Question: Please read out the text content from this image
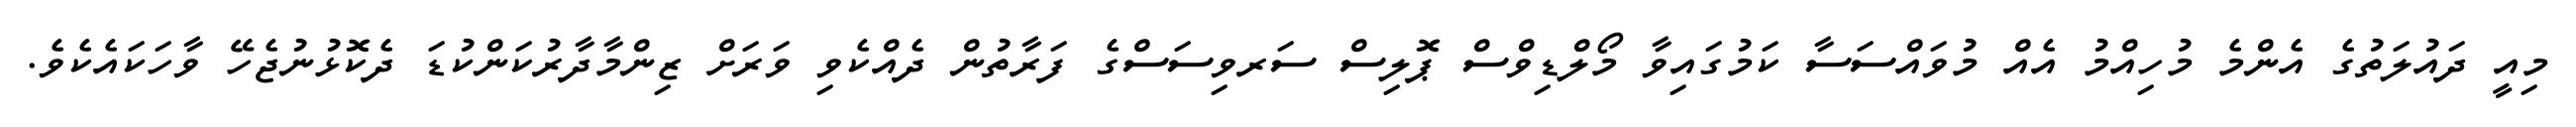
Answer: މިއީ ދައުލަތުގެ އެންމެ މުހިއްމު އެއް މުވައްސަސާ ކަމުގައިވާ މޯލްޑިވްސް ޕޮލިސް ސަރވިސަސްގެ ފަރާތުން ދެއްކެވި ވަރަށް ޒިންމާދާރުކަންކުޑަ ދެކޮޅުނުޖެހޭ ވާހަކައެކެވެ.